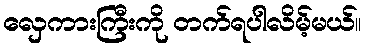
လှေကားကြီးကို တက်ရပါလိမ့်မယ်။